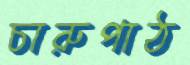
চারুপাঠ